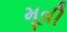
મૂવી